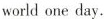
world one day.